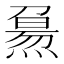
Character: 𤎘